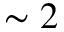
\sim 2